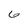
Character: 6